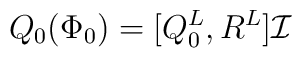
Q_0(\Phi_0)=[Q_0^L,R^L]\mathcal{I} \